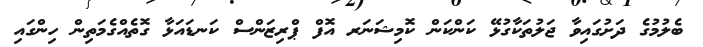
ބެލުމުގެ ދަށުގައިވާ ޖަލުތަކާގުޅޭ ކަންކަން ކޮމިޝަނަރ އޮފް ޕްރިޒަންސް ކަނޑައަޅާ ގޮތެއްގެމަތިން ހިންގައި